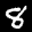
Label: 8